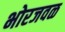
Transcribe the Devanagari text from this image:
भोरजवळ